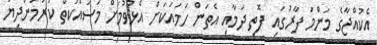
އެކުއްޖާގެ މަންމަ ފާރުގައި ފޮތި ދަމާއި އެތަން ހަމައަކަށް އެޅުވުމަށް މަސައްކަތް ކުރަމުންދިޔަ